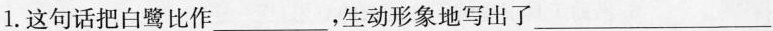
1.这句话把白鹭比作___，生动形象地写出了___